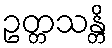
ဥတ္တသန္တိ